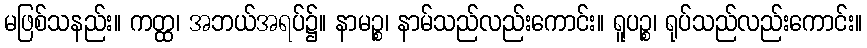
မဖြစ်သနည်း။ ကတ္ထ၊ အဘယ်အရပ်၌။ နာမဉ္စ၊ နာမ်သည်လည်းကောင်း။ ရူပဉ္စ၊ ရုပ်သည်လည်းကောင်း။